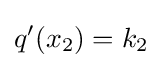
q'(x_{2})=k_{2}